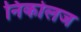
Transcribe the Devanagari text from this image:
निकोलज